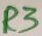
Text: R3